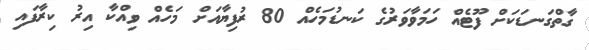
ގާތްގަނޑަކަށް ފޫޓެއް ހަމަވާވަރުގެ ކަނޑުމަހެއް 80 ރުފިޔާއަށް މަހެއް ވިއްކާ އިރު ކިރާފައި